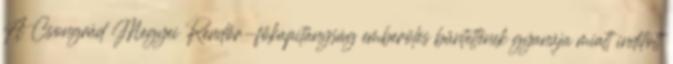
A Csongrád Megyei Rendőr-főkapitányság emberölés bűntettének gyanúja miatt indított